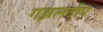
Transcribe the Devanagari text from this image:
गझलदीप